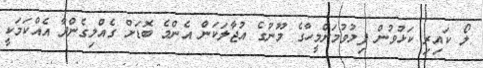
ލޯ ކައިރި ކަޅުވުން ފިލުވުމަށްމީހާގެ މޫނުގެ އުޖާލަކަން އެންމެ ބޮޑަށް ގެއްލިގެންދާ އެއްކަމަކީ